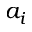
a _ { i }